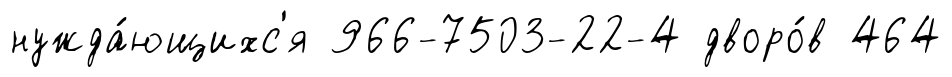
нужда́ющихс'я 966-7503-22-4 дворо́в 464